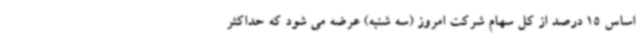
اساس 15 درصد از کل سهام شرکت امروز (سه شنبه) عرضه می شود که حداکثر